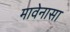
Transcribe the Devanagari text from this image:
मावेनासा